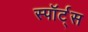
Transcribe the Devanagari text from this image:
स्पॉर्ट्स